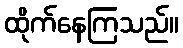
ထိုက်နေကြသည်။